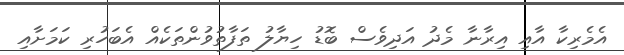
އެމެރިކާ އާއި އިރާނާ މެދު އަދިވެސް ބޮޑު ހިޔާލު ތަފާތުވުންތަކެއް އެބަހުރި ކަމަށާއި